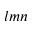
l m n